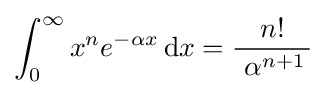
\int _{0}^{\infty }x^{n}e^{-\alpha x}\,\mathrm {d} x={\frac {n!}{~\alpha ^{n+1}\,}}~